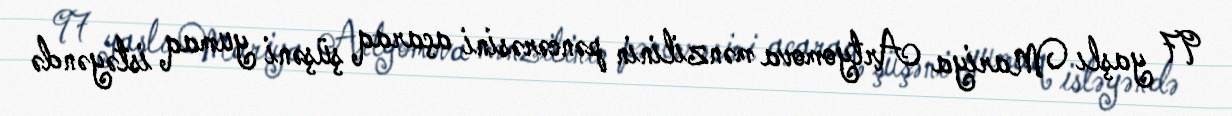
97 yaşlı Mariya Artyomova mənzilinin pəncərəsini açaraq şüşəni yumaq istəyəndə